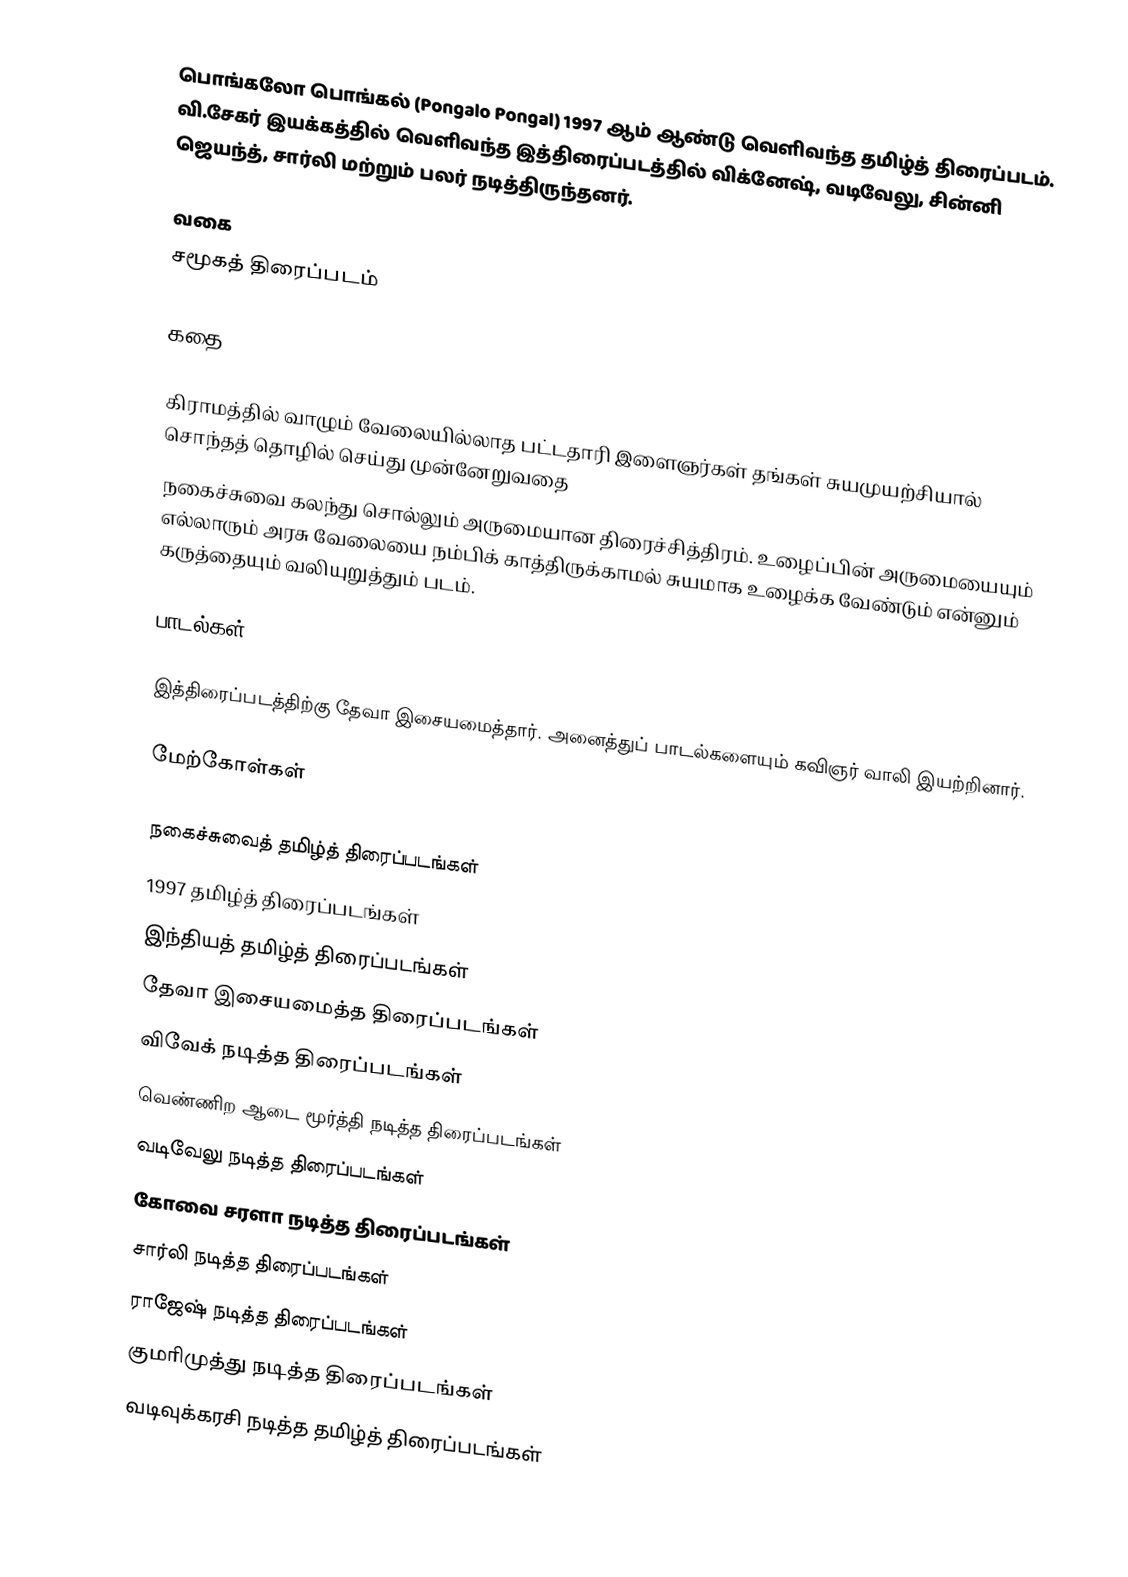
பொங்கலோ பொங்கல் (Pongalo Pongal) 1997 ஆம் ஆண்டு வெளிவந்த தமிழ்த் திரைப்படம். வி.சேகர் இயக்கத்தில் வெளிவந்த இத்திரைப்படத்தில் விக்னேஷ், வடிவேலு, சின்னி ஜெயந்த், சார்லி மற்றும் பலர் நடித்திருந்தனர்.

வகை
சமூகத் திரைப்படம்

கதை

கிராமத்தில் வாழும் வேலையில்லாத பட்டதாரி இளைஞர்கள் தங்கள் சுயமுயற்சியால் சொந்தத் தொழில் செய்து முன்னேறுவதை
நகைச்சுவை கலந்து சொல்லும் அருமையான திரைச்சித்திரம். உழைப்பின் அருமையையும் எல்லாரும் அரசு வேலையை நம்பிக் காத்திருக்காமல் சுயமாக உழைக்க வேண்டும் என்னும் கருத்தையும் வலியுறுத்தும் படம்.

பாடல்கள்

இத்திரைப்படத்திற்கு தேவா இசையமைத்தார். அனைத்துப் பாடல்களையும் கவிஞர் வாலி இயற்றினார்.

மேற்கோள்கள்

நகைச்சுவைத் தமிழ்த் திரைப்படங்கள்
1997 தமிழ்த் திரைப்படங்கள்
இந்தியத் தமிழ்த் திரைப்படங்கள்
தேவா இசையமைத்த திரைப்படங்கள்
விவேக் நடித்த திரைப்படங்கள்
வெண்ணிற ஆடை மூர்த்தி நடித்த திரைப்படங்கள்
வடிவேலு நடித்த திரைப்படங்கள்
கோவை சரளா நடித்த திரைப்படங்கள்
சார்லி நடித்த திரைப்படங்கள்
ராஜேஷ் நடித்த திரைப்படங்கள்
குமரிமுத்து நடித்த திரைப்படங்கள்
வடிவுக்கரசி நடித்த தமிழ்த் திரைப்படங்கள்